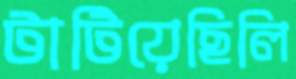
টাটিয়েছিলি